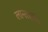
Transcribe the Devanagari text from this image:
लान्तसांग